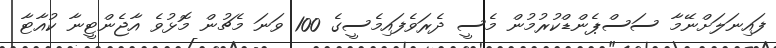
ފައިނަލަށްނޭމާ ސަސްޕެންޑްކުރުމުން މެސީ ދެރަވެފައިމެސީގެ 100 ވަނަ މެޗުން މޮޅުވެ އާޖެންޓީނާ ކުއާޓާ